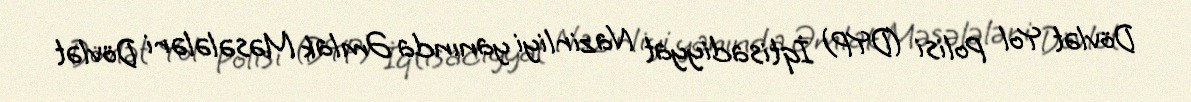
Dövlət Yol Polisi (DYP) İqtisadiyyat Nazirliyi yanında Əmlak Məsələləri Dövlət